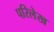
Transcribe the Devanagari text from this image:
परिलेख